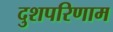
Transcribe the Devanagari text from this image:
दुशपरिणाम